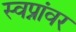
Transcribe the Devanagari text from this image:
स्वप्नांवर